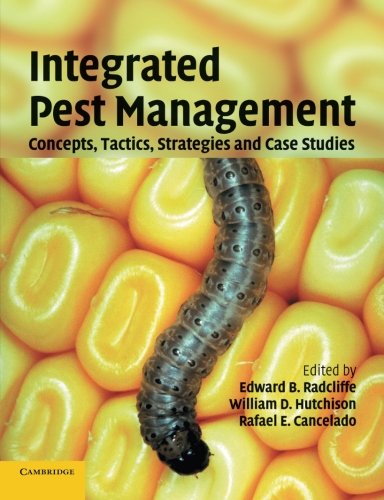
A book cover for Integrated Pest Management: Concepts, Tactics, Strategies and Case Studies; Science & Math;